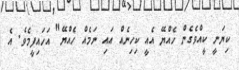
ކިޔަނީ ކީއްވެގެން ހެއްޔޭ އެއީ ކިހިނެއް އައި ނަމެއް ހެއްޔޭ" އަހައިފީމެވެ. އެ